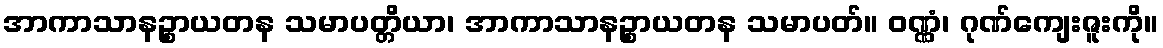
အာကာသာနဉ္စာယတန သမာပတ္တိယာ၊ အာကာသာနဉ္စာယတန သမာပတ်။ ဝဏ္ဏံ၊ ဂုဏ်ကျေးဇူးကို။